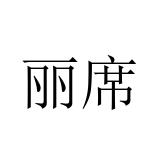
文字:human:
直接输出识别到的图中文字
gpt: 丽席